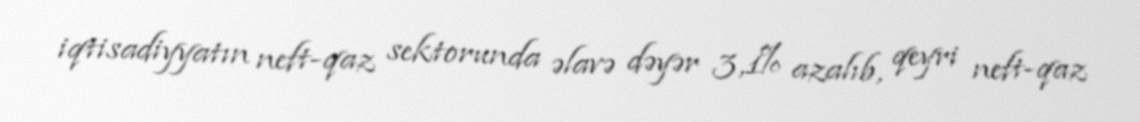
iqtisadiyyatın neft-qaz sektorunda əlavə dəyər 3,1% azalıb, qeyri neft-qaz